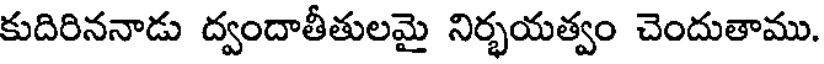
కుదిరిననాడు ద్వందాతీతులమై నిర్భయత్వం చెందుతాము.